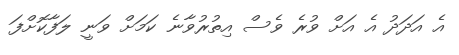
އެ އަދަދު އެ އަށް ވުރެ ވެސް އިތުރުވާނެ ކަމަށް ވަނީ ލަފާކޮށްފަ